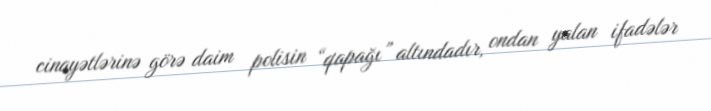
cinayətlərinə görə daim polisin “qapağı” altındadır, ondan yalan ifadələr